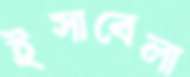
ইসাবেলা